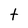
Character: t